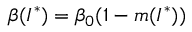
\beta ( I ^ { * } ) = \beta _ { 0 } ( 1 - m ( I ^ { * } ) )